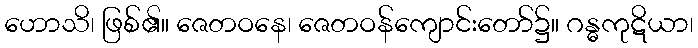
ဟောသိ၊ ဖြစ်၏။ ဇေတဝနေ၊ ဇေတဝန်ကျောင်းတော်၌။ ဂန္ဓကုဋိယာ၊